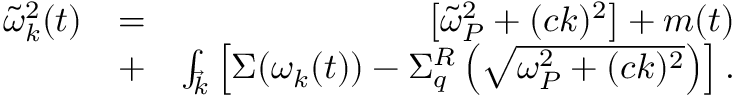
\begin{array} { r l r } { \tilde { \omega } _ { k } ^ { 2 } ( t ) } & { = } & { \left[ \tilde { \omega } _ { P } ^ { 2 } + ( c k ) ^ { 2 } \right] + m ( t ) } \\ & { + } & { { \int _ { \vec { k } } } \left[ \Sigma ( \omega _ { k } ( t ) ) - \Sigma _ { q } ^ { R } \left( \sqrt { \omega _ { P } ^ { 2 } + ( c k ) ^ { 2 } } \right) \right] . } \end{array}